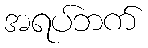
အရပ်ဘက်